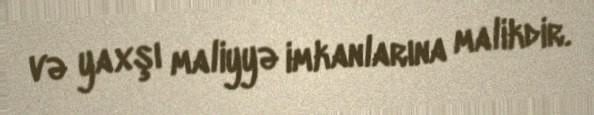
və yaxşı maliyyə imkanlarına malikdir.